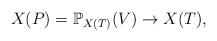
LaTeX: \begin{align*} X(P) = \mathbb{P}_{X(T)}(V) \to X(T),\end{align*}